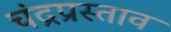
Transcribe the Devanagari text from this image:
चंद्रप्रस्ताव